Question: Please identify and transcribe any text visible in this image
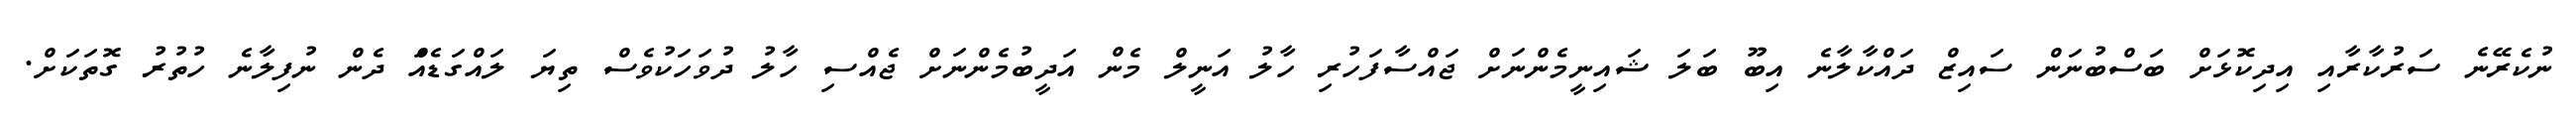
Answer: ނުކެރޭނެ ސަރުކާރާއި އިދިކޮޅަށް ބަސްބުނަން ސައިޒް ދައްކާލާނެ އިބޫ ބަލަ ޝައިނީމެންނަށް ޖައްސާފަހުރި ހާލު އަނީލް މެން އަދީބުމެންނަށް ޖެއްސި ހާލު ދުވަހަކުވެސް ތިޔަ ލައްގަޑެއްަ ދެން ނުފިލާނެ ހުތުރު ގޮތަކަށް.